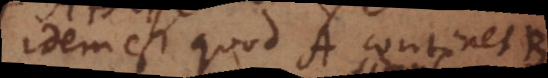
idem est quod A continet B,